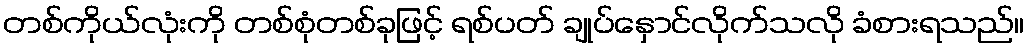
တစ်ကိုယ်လုံးကို တစ်စုံတစ်ခုဖြင့် ရစ်ပတ် ချုပ်နှောင်လိုက်သလို ခံစားရသည်။